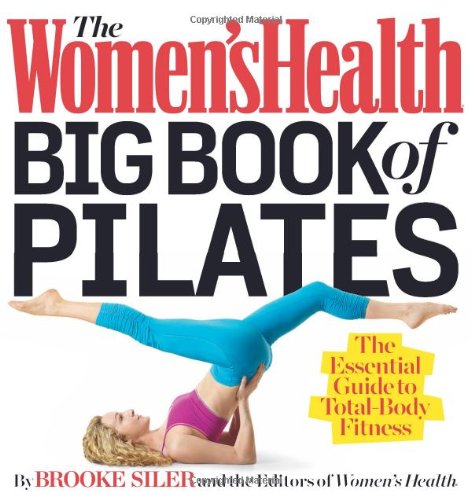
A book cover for The Women's Health Big Book of Pilates: The Essential Guide to Total Body Fitness; Brooke Siler; Health, Fitness & Dieting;